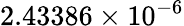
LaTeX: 2.43386\times 10^{-6}